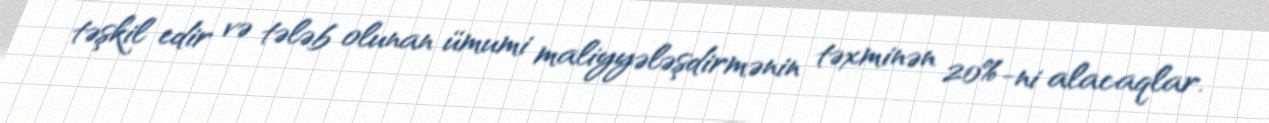
təşkil edir və tələb olunan ümumi maliyyələşdirmənin təxminən 20%-ni alacaqlar.